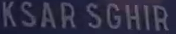
KSAR SGHIR